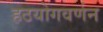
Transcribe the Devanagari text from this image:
हठयोगवर्णन